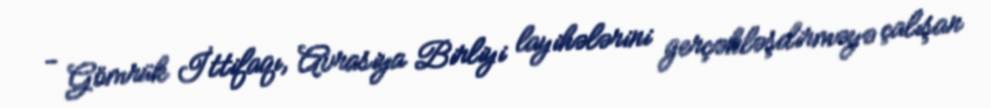
- Gömrük İttifaqı, Avrasiya Birliyi layihələrini gerçəkləşdirməyə çalışan